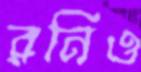
রনিও